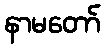
နာမတော်